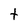
Character: t